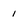
Character: 1